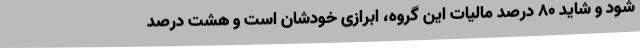
شود و شاید 80 درصد مالیات این گروه، ابرازی خودشان است و هشت درصد